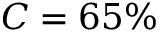
C = 6 5 \%